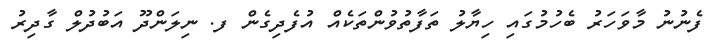
ފެނުނު މާވަހަރު ބެހުމުގައި ހިޔާލު ތަފާތުވުންތަކެއް އުފެދިގެން ފ. ނިލަންދޫ އަބުދުލް ގާދިރު